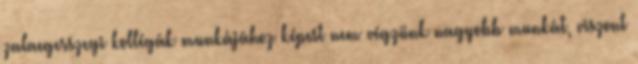
zalaegerszegi kollégák munkájához képest nem végzünk nagyobb munkát, viszont